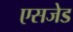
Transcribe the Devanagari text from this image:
एसजेड